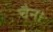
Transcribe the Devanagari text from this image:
चैन।